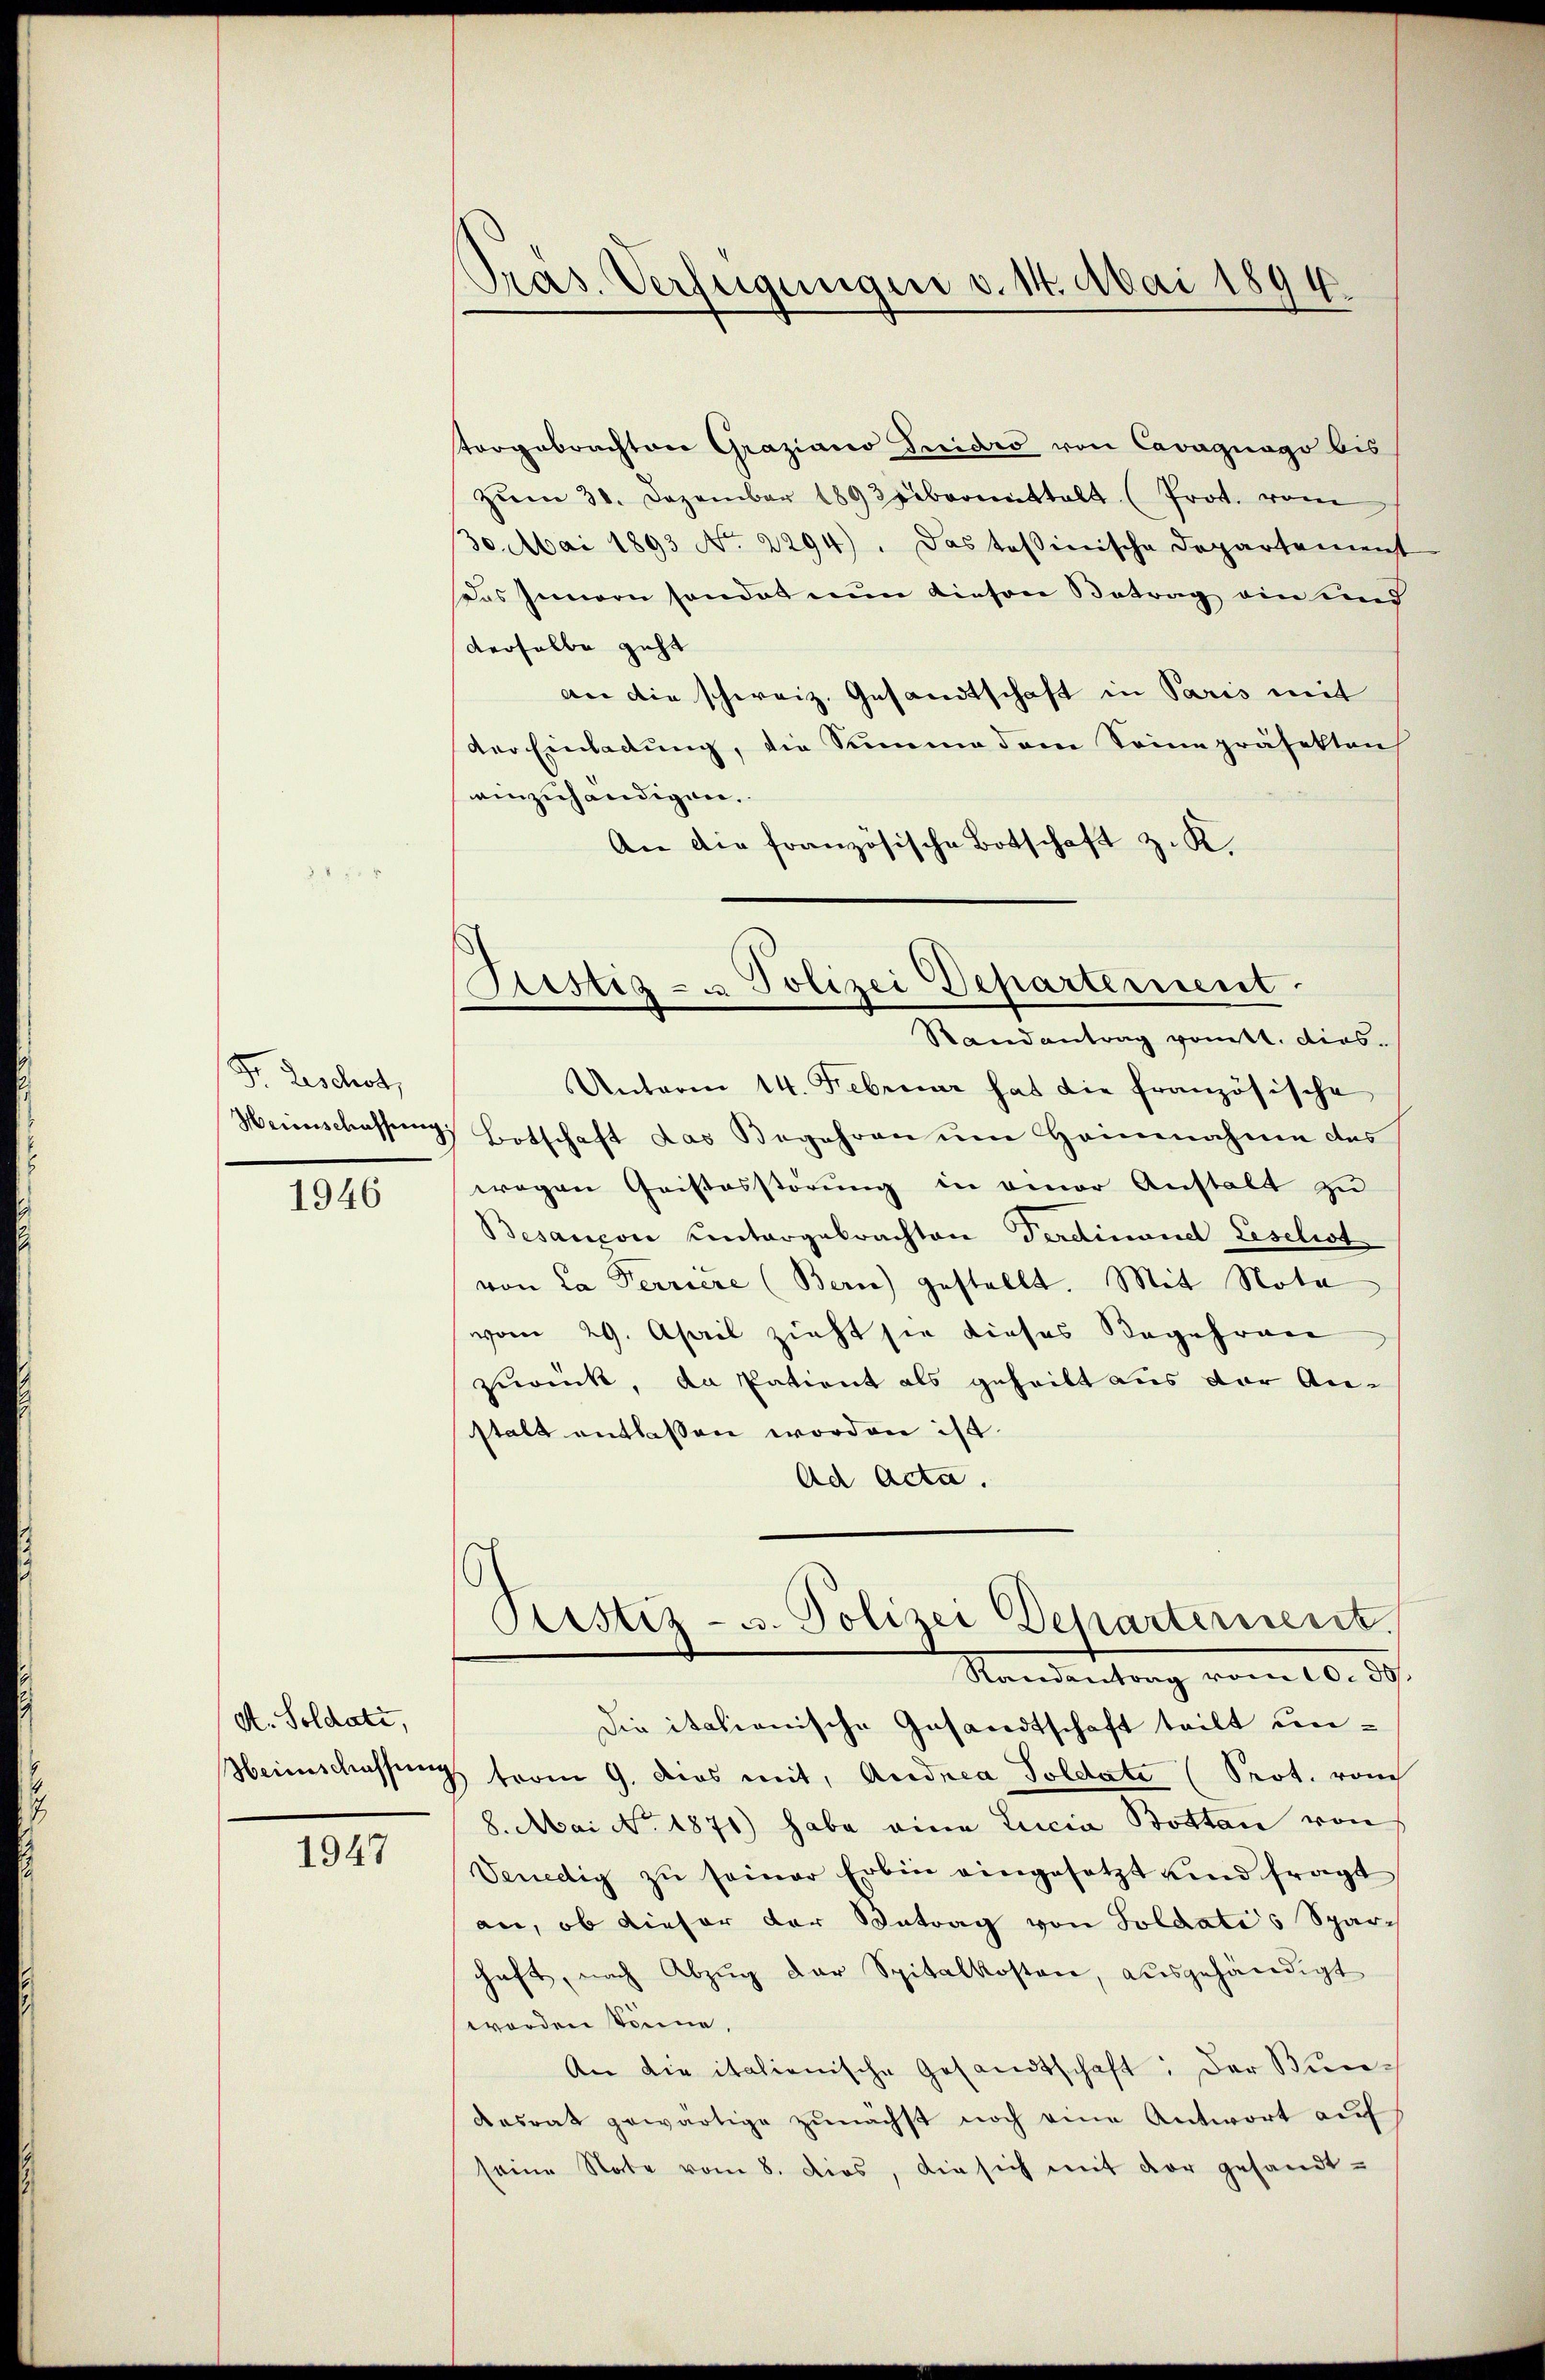
Fr. Beschert,

1946

A. Soldate,

1947

torgebrachten Graziano Tridis von Cavagnago bis
zŭm 31. Dezember 189 Weibereinstalt (Prot. vom
30. Mai 1893 No. 2294). Das tessinische Departement
Das Innern sonder nun diesen Betrag ein und
derselbe geht
an die schweiz. Gesandtschaft in Paris mit
der Einladŭng, die Summe dem Seine präsekten
einzuhändigen.
An die französische Botschaft z. K.
Unterm 14. Februar hat die französische
Weinschassung, Botschaft das Begehren um Heinnahme des
wegen Quistosstörung in einer Anstalt zu
Besançon Centargebrachten Ferdinand Liselist
von Ca Terriere (Bern) gestellt. Mit Nota
vom 29. April zieht sie dieses Begehren
zurück, da Patient als geheilt aus der Anstalt entlassen worden ist.
Ad Acta.
Pristiz- u. Polizei Departernent
Randantrag vom 10. 39.
Die italionische Gesandtschaft teilt un¬
Heimschaffung trom 9. dies mit, Andrea Soldate (Prot. rauch
8. Mai No 1871) habe eine Lucia Bottan von
Venedig zŭ seiner Erbin eingesetzt und fragt
an, ob dieser der Betrag von Soldatis Sparchaft, nach Abzug der Spitalkosten, ausgehändigt
worden könne.
An die italienische Gesandtschaft: Der Bun¬
Kasrat gewärtige zŭnächst noch eine Antwort aŭf
seine Note vom 8. dies, die sich mit der gesandt-

Pras. Verfügungen v. 14. Mai 1894

Justiz- u Polizei Departement.
Randantrag vomtt. dies¬